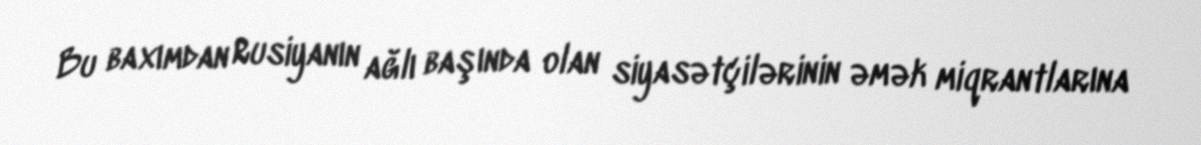
Bu baxımdan Rusiyanın ağlı başında olan siyasətçilərinin əmək miqrantlarına